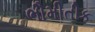
ભૌમીતીક